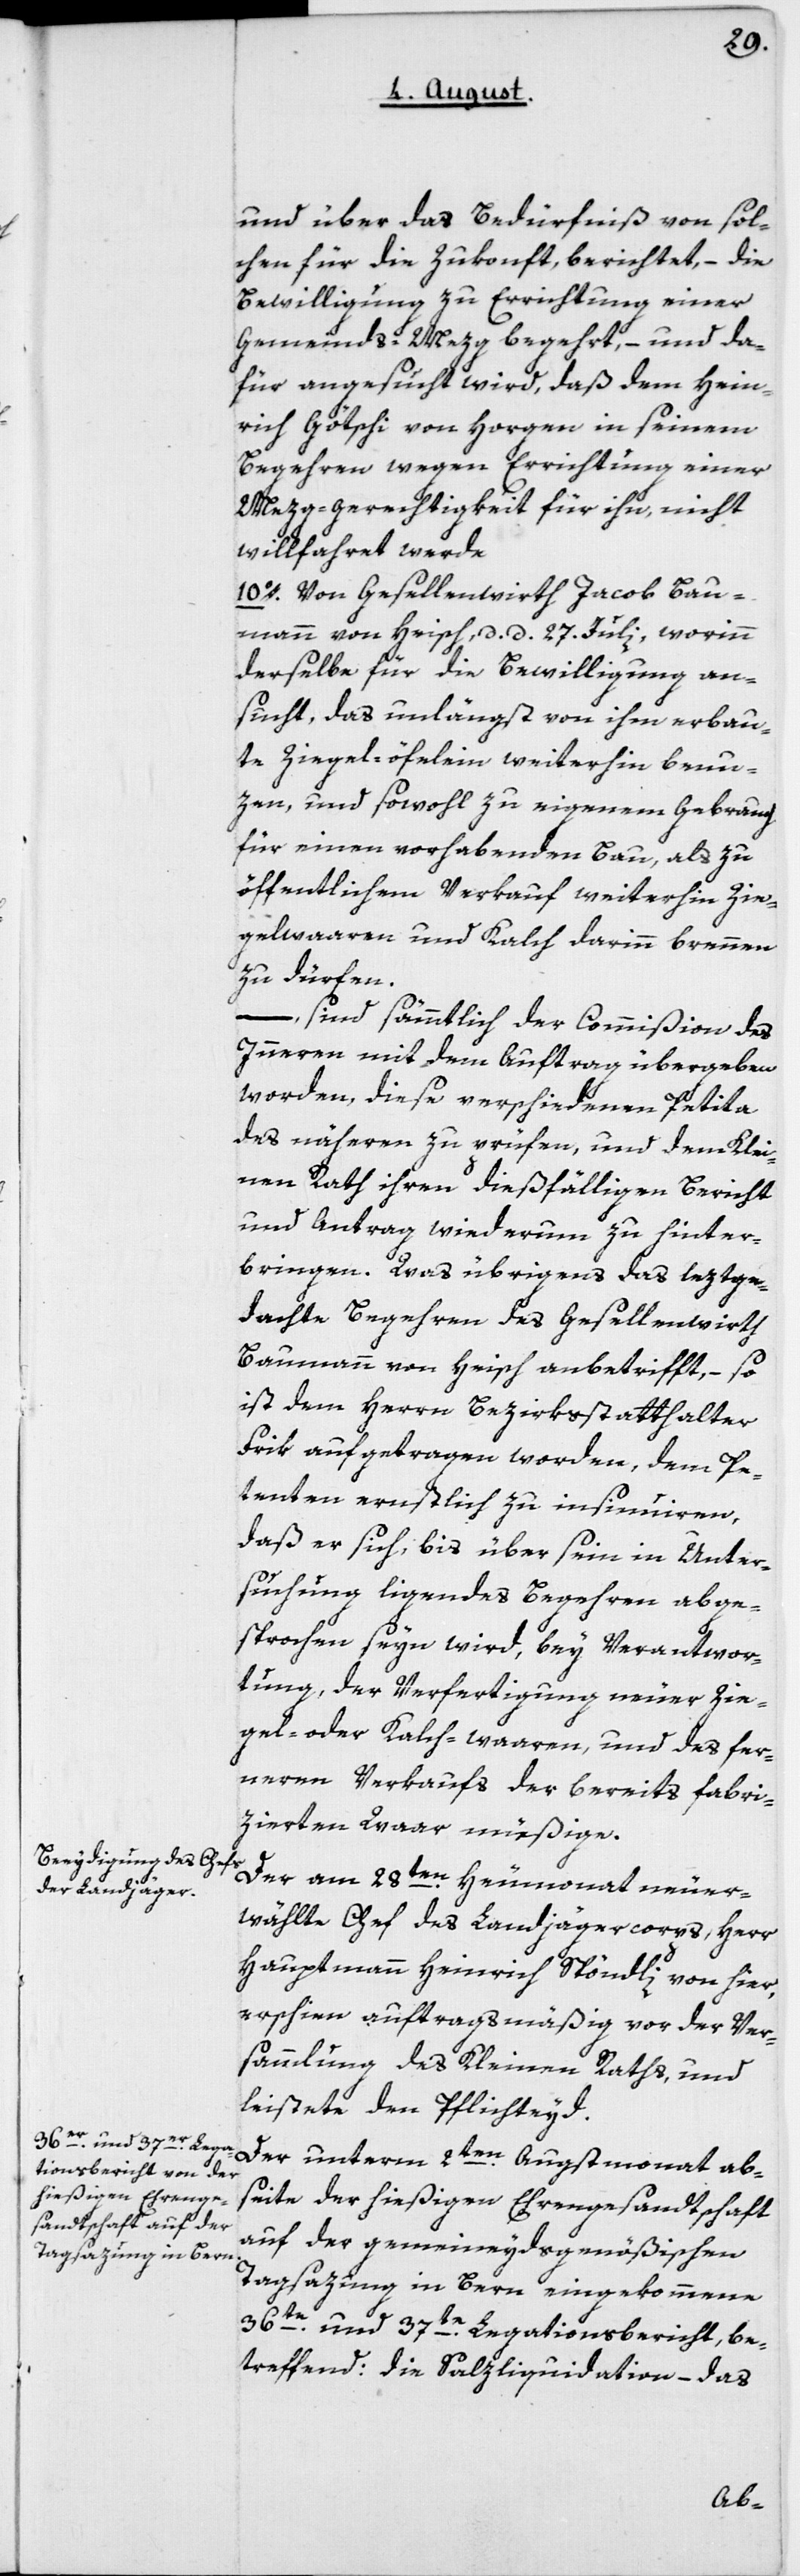
und über das Bedürfnis von sol¬
chen für die Zukonft, berichtet, – die
Bewilligung zur Errichtung einer
Gemeinds-Mezg begehrt, – und da¬
für angesucht wird, daß dem Hein¬
rich Götschi von Horgen in seinem
Begehren wegen Errichtung einer
Mezg-gerechtigkeit für ihn, nicht
willfahret werde.
10o. Von Gesellenwirth Jacob Bau¬
mann von Heisch, d. d. 27 Julii, worin
derselbe für die Bewilligung an¬
sucht, das unlängst von ihm erbau¬
te Ziegel-öfelein weiterhin benu¬
tzen, und sowohl zu eigenem Gebrauch
für einen vorhabenden Bau, als zu
öffentlichem Verkauf weiterhin Zie¬
gelwaaren und Kalch darin brennen
zu dürfen;
sind sämmtlich der Commißion des
Innern mit dem Auftrag übergeben
worden, diese verschiedenen Petita
des nähern zu prüfen, und dem Klei¬
nen Rath ihren dießfälligen Bericht
und Antrag wiederum zu hinter¬
bringen. Was übrigens das leztge¬
dachte Begehren des Gesellenwirth
Baumann von Heisch anbetrifft, – so
ist dem Herrn Bezirksstatthalter
Frik aufgetragen worden, dem Pe¬
tenten ernstlich zu insinuieren,
daß er sich, bis über sein in Unter¬
suchung liegendes Begehren abge¬
sprochen seyn wird, bey Verantwor¬
tung der Verfertigung neuer Zie¬
gel- oder Kalchwaaren und des fer¬
neren Verkaufs der bereits fabri¬
zierten Waar, müßige.
wählte Chef des Landjägercorps, Herr
Hauptmann Heinrich Spöndli von hier,
erschien auftragsmäßig vor der Ver¬
sammlung des Kleinen Raths und
leistete den Pflichteyd.
Der unterm 2ten Augstmonat ab¬
seite der hießigen Ehrengesandtschaft
auf der gemeineydsgenößischen
Tagsazung in Bern eingekommene
36te und 37te Legationsbericht, be¬
treffend: die Salzliquidation, – das
er¬